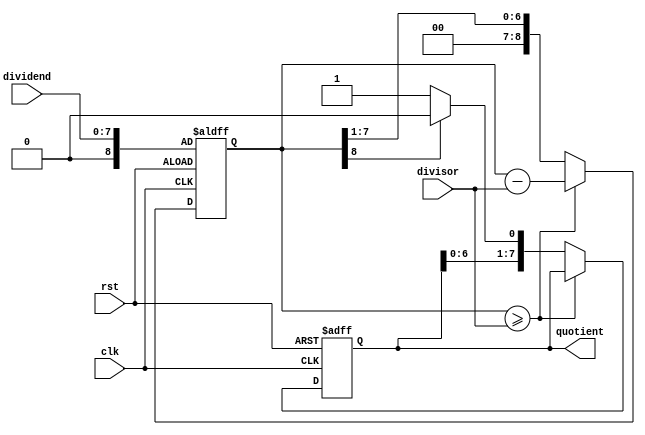
module CounterBasedDivider (
    input clk,
    input rst,
    input [7:0] dividend,
    input [7:0] divisor,
    output reg [7:0] quotient
);

reg [8:0] remainder;
reg [3:0] count;

always @(posedge clk or posedge rst) begin
    if (rst) begin
        quotient <= 8'b0;
        remainder <= {1'b0, dividend};
        count <= 4'b0;
    end else begin
        if (remainder >= {1'b0, divisor}) begin
            remainder <= remainder - {1'b0, divisor};
            count <= count + 1;
        end else begin
            quotient <= {quotient, (remainder[8] == 1'b1) ? 1'b0 : 1'b1};
            remainder <= {1'b0, remainder[7:1]};
            count <= count + 1;
        end
    end
end

endmodule